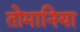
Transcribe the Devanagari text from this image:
तोमानिया